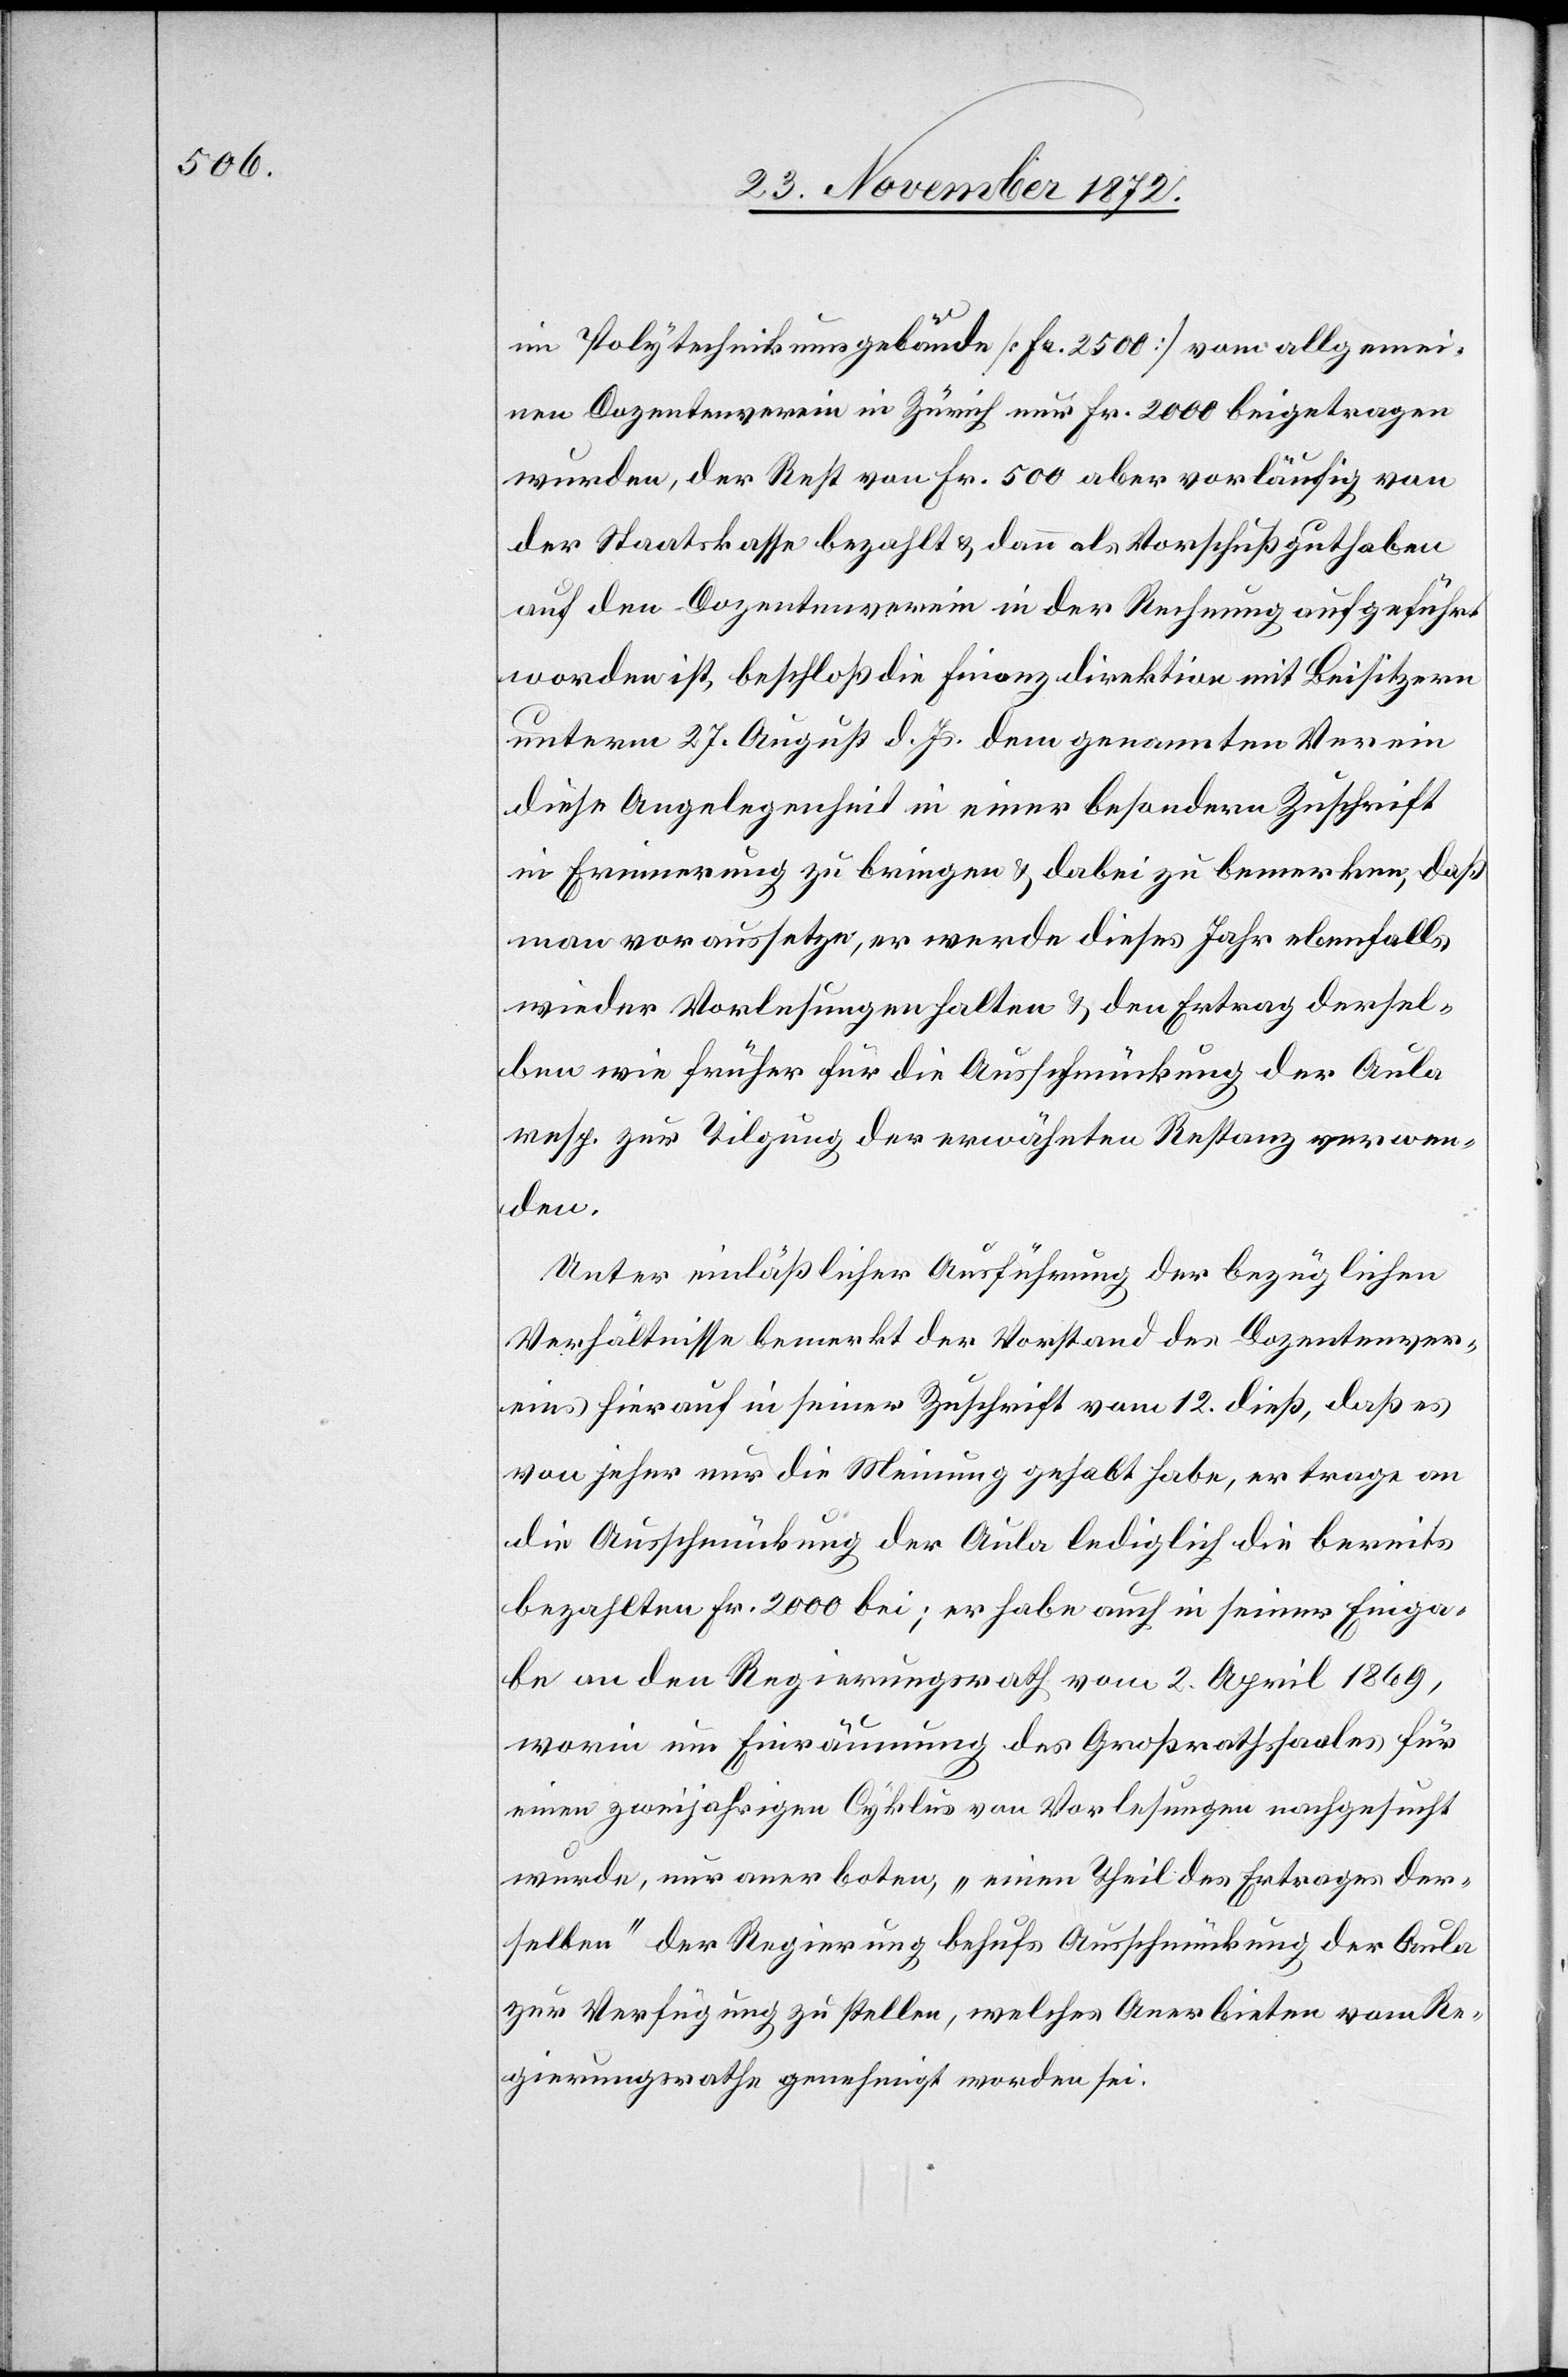
im Polytechnikumsgebäude [Fr. 2 500] vom allgemei¬
nen Dozentenverein in Zürich nur Fr. 2 000 beigetragen
wurden, der Rest von Fr. 500 aber vorläufig von
der Staatskasse bezahlt u. dann als Vorschußguthaben
auf den Dozentenverein in der Rechnung aufgeführt
worden ist, beschloß die Finanzdirektion mit Beisitzern
unterm 27. August d. Js. dem genannten Verein
diese Angelegenheit in einer besondern Zuschrift
in Erinnerung zu bringen u. dabei zu bemerken, daß
man voraussetze, er werde dieses Jahr ebenfalls
wieder Vorlesungen halten u. den Ertrag dersel¬
ben wie früher für die Ausschmückung der Aula
resp. zur Tilgung der erwähnten Restanz verwen¬
den.
Unter einläßlicher Ausführung der bezüglichen
Verhältnisse bemerkt der Vorstand des Dozentenver¬
eins hierauf in seiner Zuschrift vom 12. dieß, daß es
von jener nur die Meinung gehabt habe, er trage an
die Ausschmückung der Aula lediglich die bereits
bezahlten Fr. 2 000 bei; er habe auch in seiner Einga¬
be an den Regierungsrath vom 2. April 1869,
worin um Einräumung des Großrathssaales für
einen zweijährigen Cyklus von Vorlesungen nachgesucht
wurde, nur anerboten, „einen Theil des Ertrages der¬
selben“ der Regierung behufs Ausschmückung der Aula
zur Verfügung zu stellen, welches Anerbieten vom Re¬
gierungsrathe genehmigt worden sei.